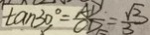
\tan 3 0 ^ { \circ } = \frac { A D } { C D } = \frac { \sqrt { 3 } } { 3 }